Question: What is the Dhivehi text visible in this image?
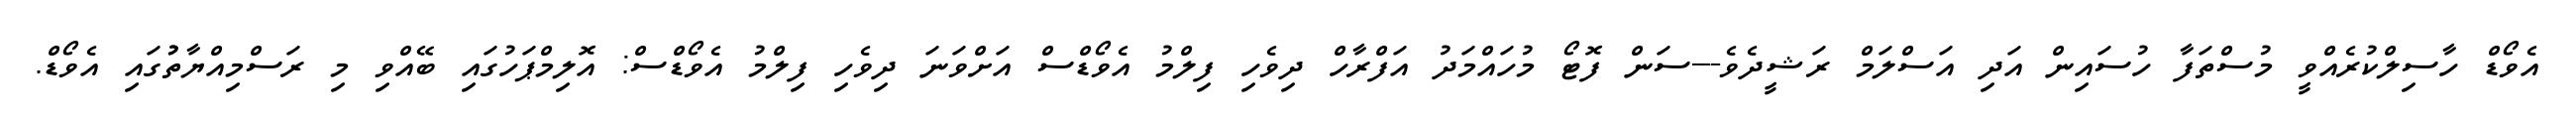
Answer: އެވޯޑް ހާސިލްކުރެއްވީ މުސްތަފާ ހުސައިން އަދި އަސްލަމް ރަޝީދެވެ---ސަން ފޮޓޯ މުހައްމަދު އަފްރާހް ދިވެހި ފިލްމު އެވޯޑްސް އަށްވަނަ ދިވެހި ފިލްމު އެވޯޑްސް: އޮލިމްޕަހުގައި ބޭއްވި މި ރަސްމިއްޔާތުުގައި އެވޯޑް.